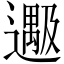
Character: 𬩔